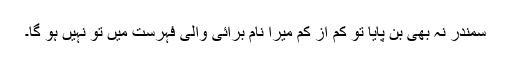
سمندر نہ بھی بن پایا تو کم از کم میرا نام برائی والی فہرست میں تو نہیں ہو گا۔